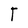
Character: T